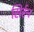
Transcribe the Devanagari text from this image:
सिर्रन